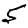
Digit: 5